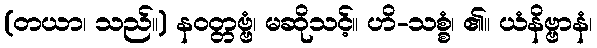
(တယာ၊ သည်။) နဝတ္တဗ္ဗံ၊ မဆိုသင့်။ ဟိ-သစ္စံ၊ ၏။ ယံနိဗ္ဗာနံ၊